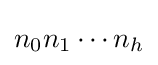
n_{0}n_{1}\cdots n_{h}